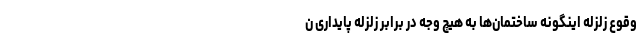
وقوع زلزله اینگونه ساختمان‌ها به هیچ وجه در برابر زلزله پایداری ن